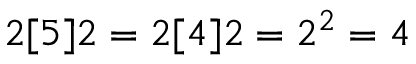
2 [ 5 ] 2 = 2 [ 4 ] 2 = 2 ^ { 2 } = 4